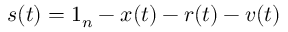
s ( t ) = 1 _ { n } - x ( t ) - r ( t ) - v ( t )